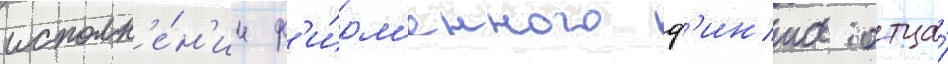
исполн'е́н'ии ф'и́рм'енного ф'инта отца́